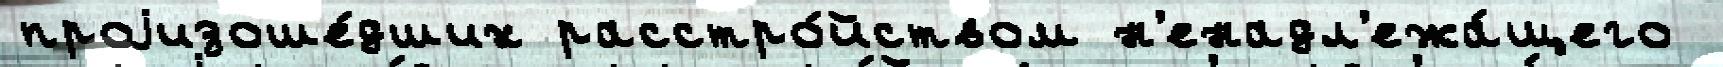
проjизоше́дших расстро́йством н'енадл'ежа́щего